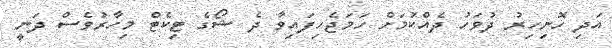
އަދި ހޮނިހިރު ދުވަހު ދެއްކުމަށް ހަމަޖެހިފައިވާ ދެ ޝޯގެ ޓިިކެޓް މިހާރުވެސް ދަނީ